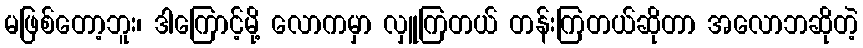
မဖြစ်တော့ဘူး၊ ဒါကြောင့်မို့ လောကမှာ လှူကြတယ် တန်းကြတယ်ဆိုတာ အလောဘဆိုတဲ့